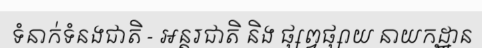
ទំនាក់ទំនងជាតិ - អន្តរជាតិ និង ផ្សព្វផ្សាយ នាយកដ្ឋាន